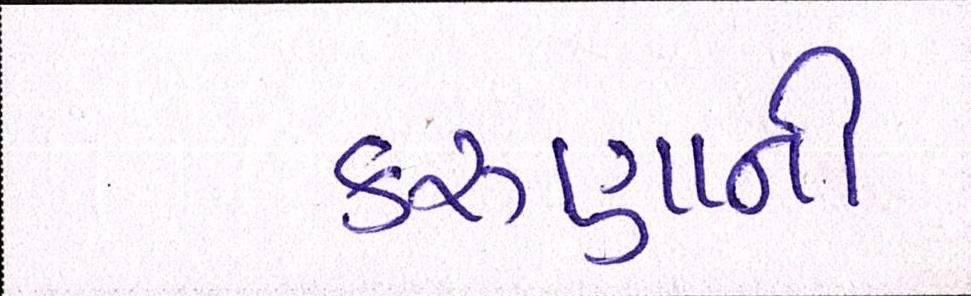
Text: કરુણાની